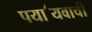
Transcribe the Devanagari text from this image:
पया॔यवाची